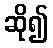
ဆို၍